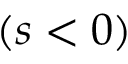
( s < 0 )